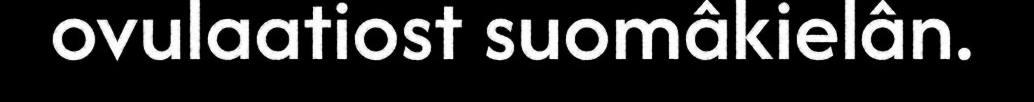
ovulaatiost suomâkielân.